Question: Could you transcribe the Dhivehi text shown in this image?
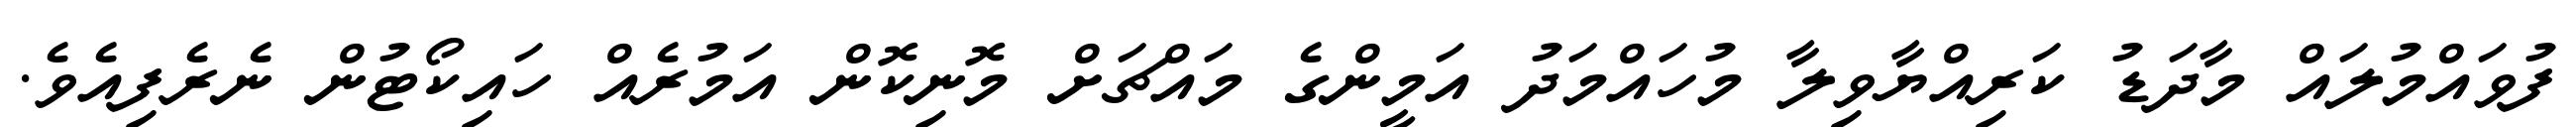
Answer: ފުވައްމުލައް މާދަޑު ކަރިއްޔާވިލާ މުހައްމަދު އަމީންގެ މައްޗަށް މޮނިކޮން އަމުރެއް ހައިކޯޓުން ނެރެފިއެވެ.